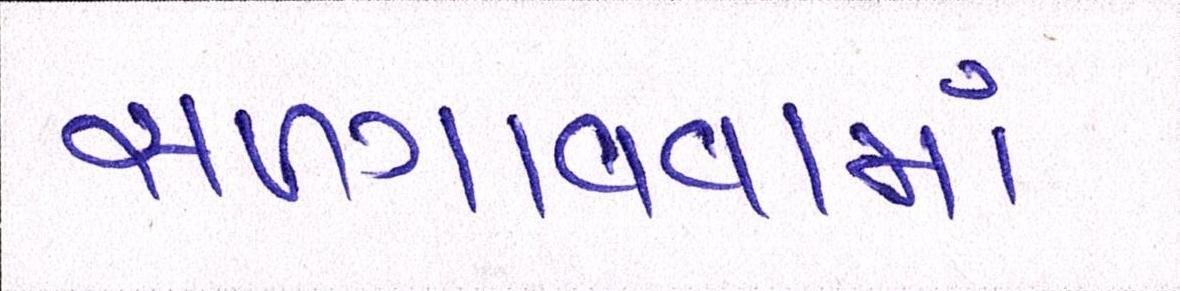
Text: સળગાવવામાં